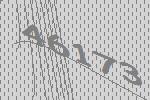
46173